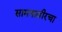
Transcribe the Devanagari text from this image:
सामनावीरचा